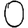
Digit: 0